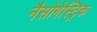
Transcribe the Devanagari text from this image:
नैसोगेस्ट्रिक